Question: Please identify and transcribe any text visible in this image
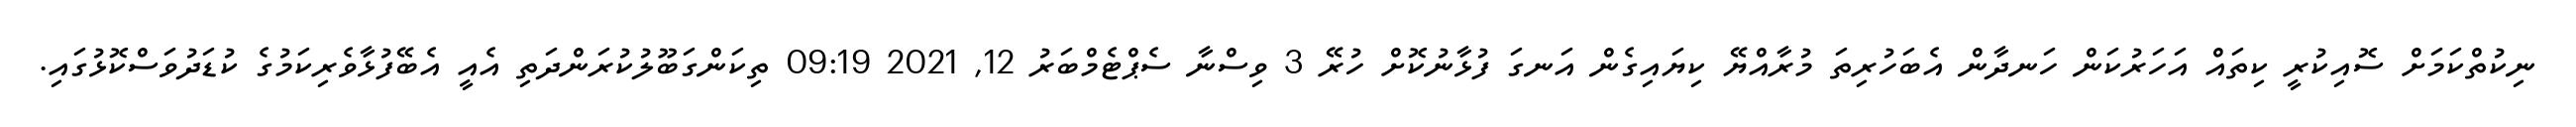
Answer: ނިކުތްކަމަށް ސޮއިކުރީ ކިތައް އަހަރުކަން ހަނދާން އެބަހުރިތަ މުރާއްޔޭ ކިޔައިގެން އަނގަ ފުޅާނުކޮށް ހުރޭ 3 ވިސްނާ ސެޕްޓެމްބަރު 12, 2021 09:19 ތިކަންގަބޫލުކުރަންދަތި އެއީ އެބޭފުޅާވެރިކަމުގެ ކުޑަދުވަސްކޮޅުގައި.